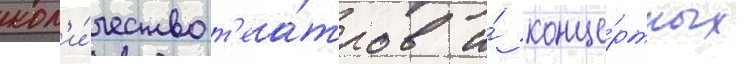
кол'и́чество т'еа́тров и́ конце́ртных